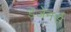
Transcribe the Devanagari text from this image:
डेजेनर्स